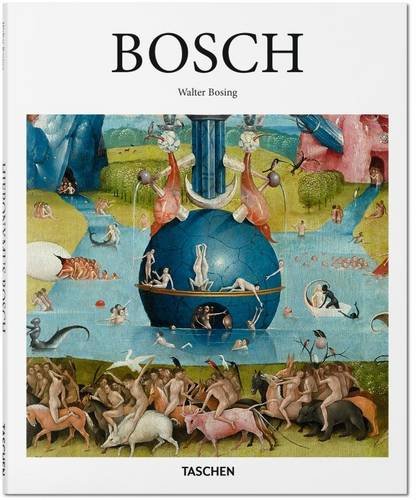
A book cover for Bosch; Walter Bosing; Humor & Entertainment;